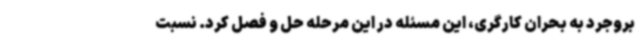
بروجرد به بحران کارگری، این مسئله در این مرحله حل و فصل کرد. نسبت